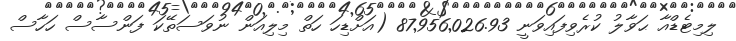
ލިމިޓެޑްއާ ޙަވާލު ކުރެވިފައިވަނީ 87